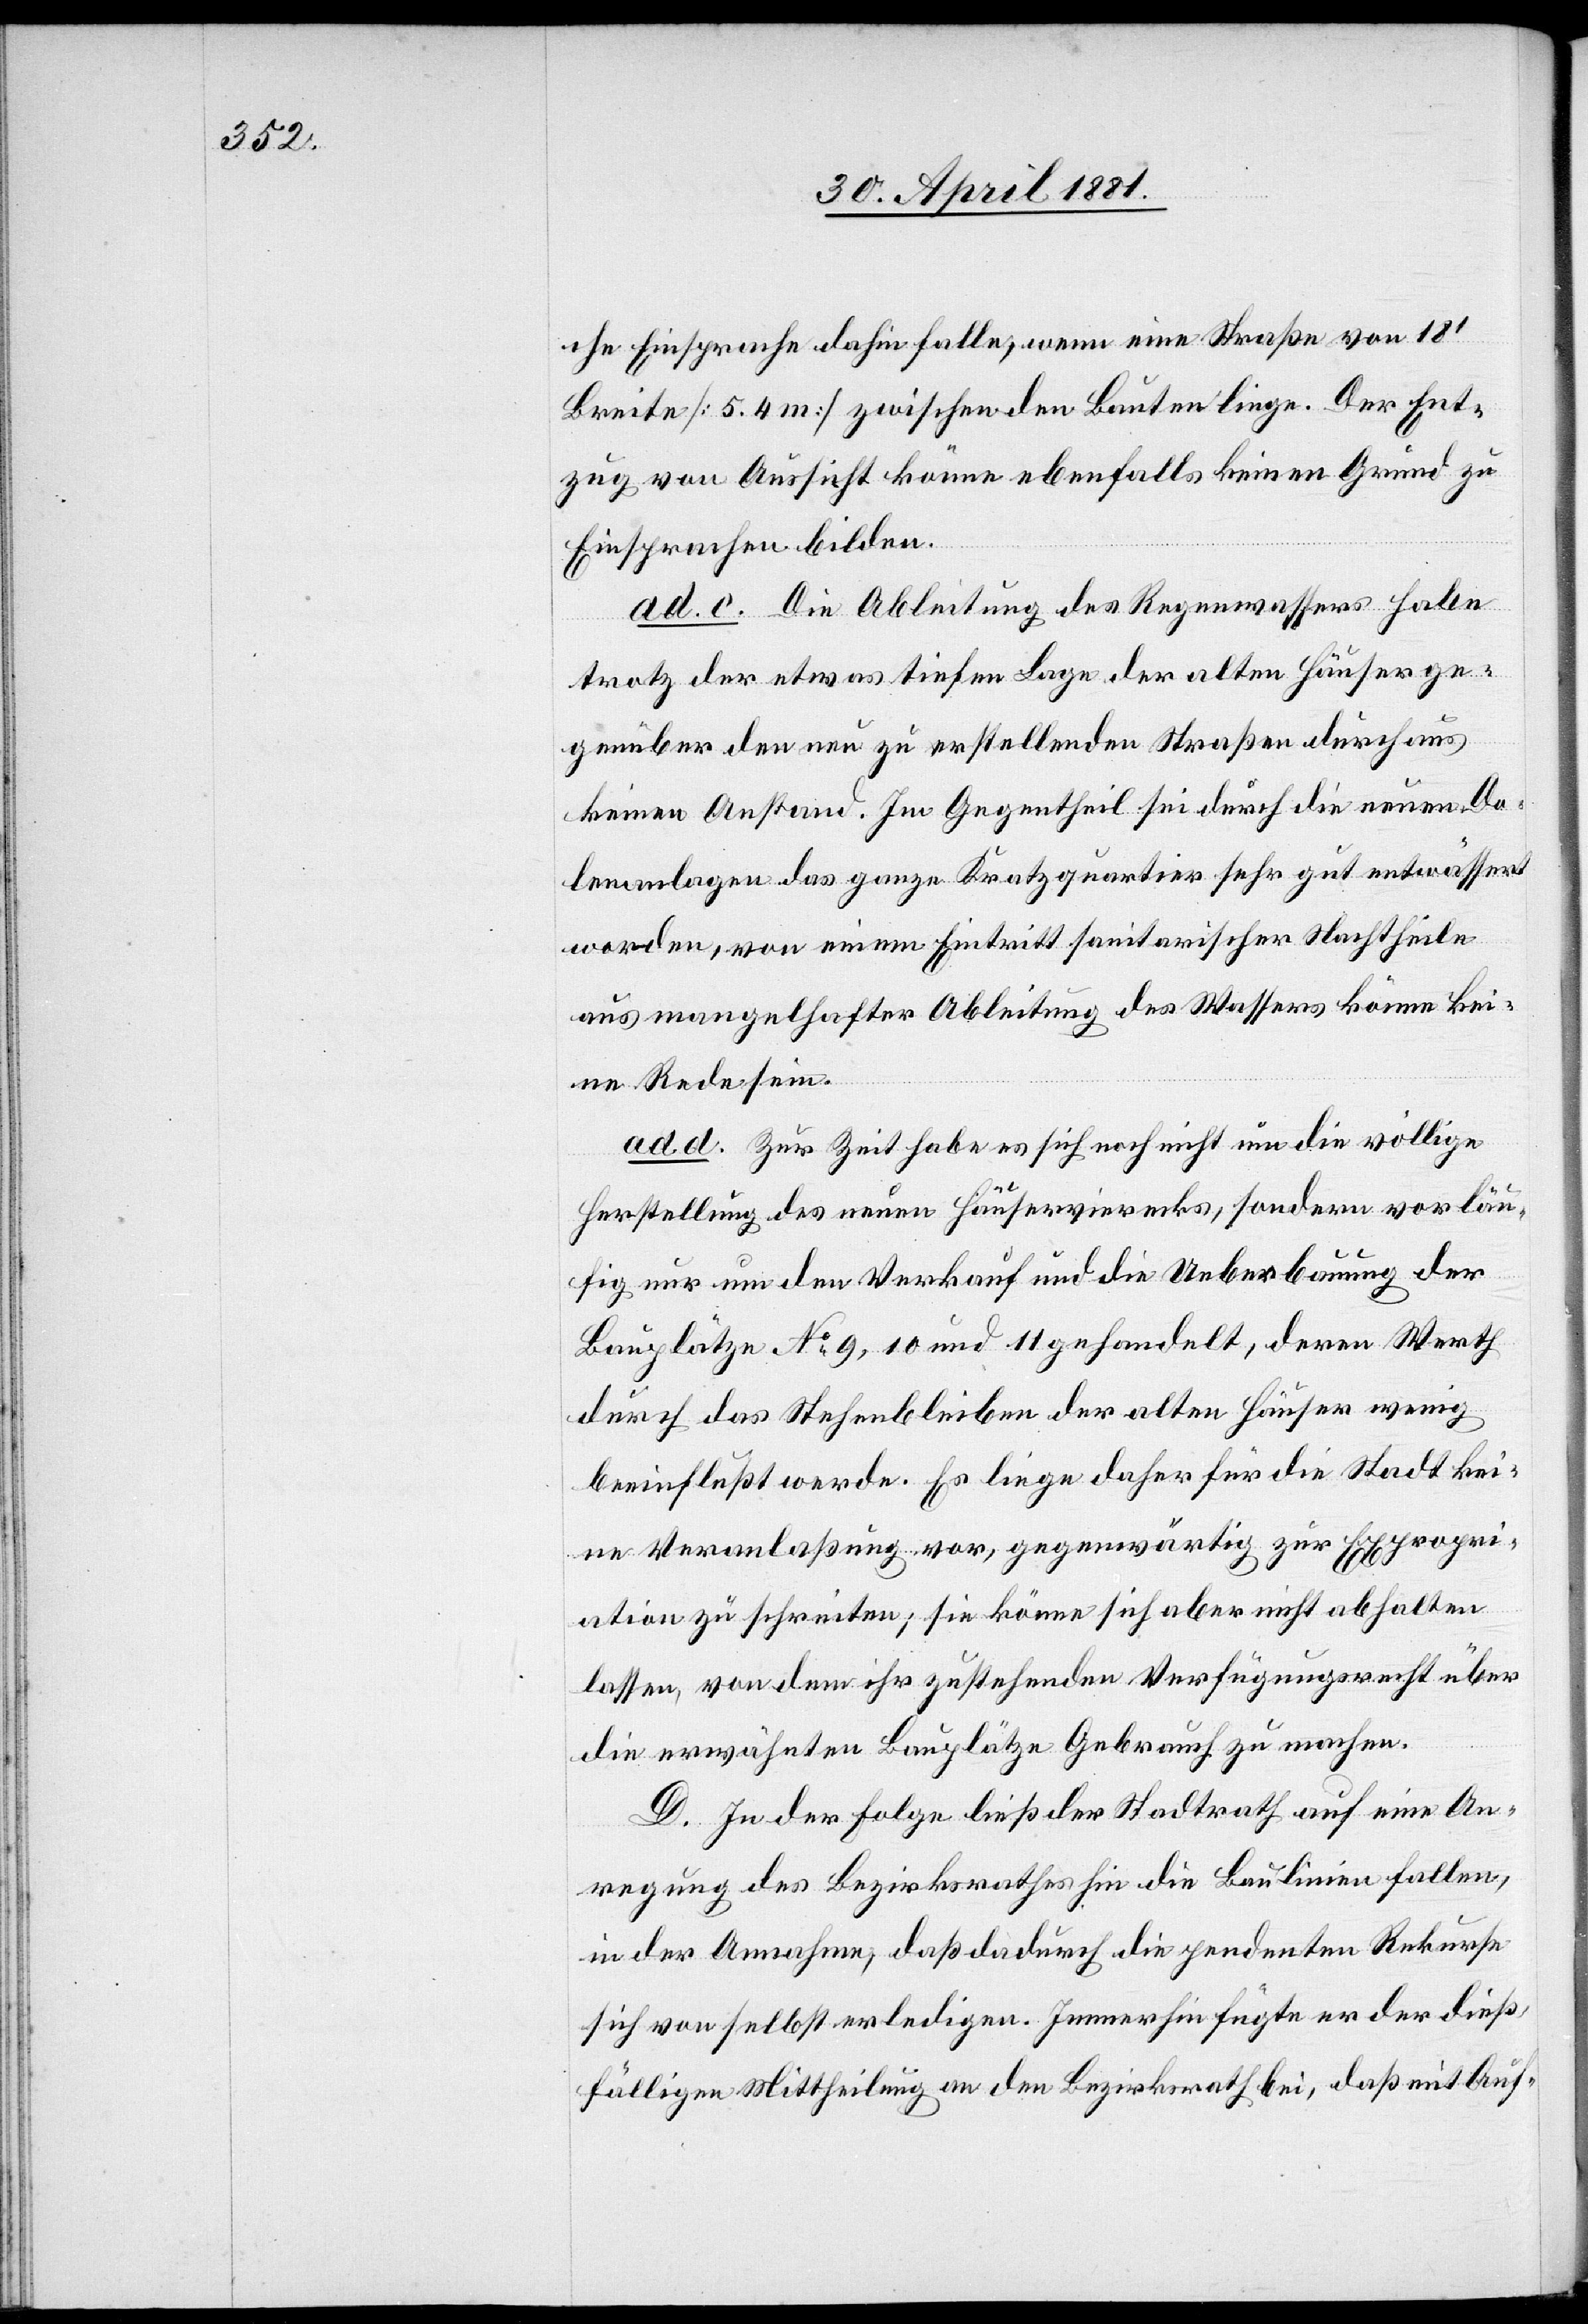
che Einsprache dahin falle, wenn eine Straße von 18‘
Breite [5.4 m] zwischen den Bauten liege. Der Ent¬
zug von Aussicht könne ebenfalls keinen Grund zu
Einsprachen bilden.
ad c. Die Ableitung des Regenwassers habe
trotz der etwas tiefen Lage der alten Häuser ge¬
genüber den neu zu erstellenden Straßen durchaus
keinen Anstand. Im Gegentheil sei durch die neuen Do¬
lenanlagen das ganze Kratzquartier sehr gut entwässert
worden, von einem Eintritt sanitarischer Nachtheile
aus mangelhafter Ableitung des Wassers könne kei¬
ne Rede sein.
ad d. Zur Zeit habe es sich noch nicht um die völlige
Herstellung des neuen Häuservierecks, sondern vorläu¬
fig nur um den Verkauf und die Ueberbauung der
Bauplätze No 9, 10 und 11 gehandelt, deren Werth
durch das Stehenbleiben der alten Häuser wenig
beeinflußt werde. Es liege daher für die Stadt kei¬
ne Veranlaßung vor, gegenwärtig zur Expropri¬
ation zu schreiten; sie könne sich aber nicht abhalten
lassen, von dem ihr zustehenden Verfügungsrecht über
die erwähnten Bauplätze Gebrauch zu machen.
D. In der Folge ließ der Stadtrath auf eine An¬
regung des Bezirksrathes hin die Baulinien fallen,
in der Annahme, daß dadurch die pendenten Rekurse
sich von selbst erledigen. Immerhin fügte er der dieß¬
fälligen Mittheilung an den Bezirksrath bei, daß mit Auf-